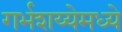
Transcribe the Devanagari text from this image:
गर्भशय्येमध्ये